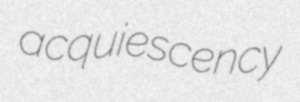
acquiescency